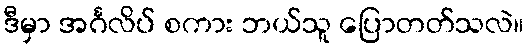
ဒီမှာ အင်္ဂလိပ် စကား ဘယ်သူ ပြောတတ်သလဲ။